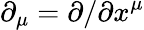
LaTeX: \partial_{\mu}=\partial/\partial x^{\mu}